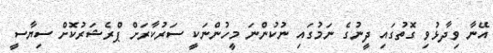
އޭނާ ވިދާޅުވި ގޮތުގައި ދީނުގެ ނަމުގައި ނުކުންނަ މީހުންނަކީ ސަރުކާރަށް ޕްރެޝަރުކޮށް ސިޔާސީ